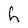
Character: h